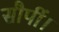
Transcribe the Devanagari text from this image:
सौपीं।